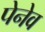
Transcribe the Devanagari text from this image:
पेनेव